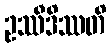
ဥဿီဒိဿတိ